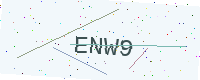
Text: ENW9